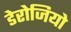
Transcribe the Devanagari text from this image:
डेरोजियो